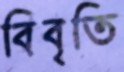
বিবৃতি